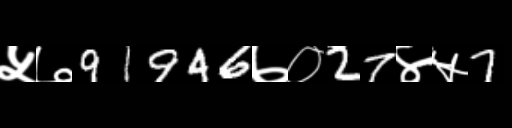
Text: ५७91946७०27४५7